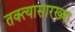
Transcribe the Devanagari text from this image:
तक्त्यासारख्या